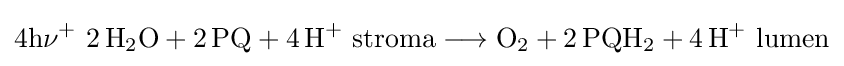
{4\mathrm {h\nu } {\vphantom {A}}^{+}~2\,\mathrm {H} {\vphantom {A}}_{\smash[{t}]{2}}\mathrm {O} {}+{}2\,\mathrm {PQ} {}+{}4\,\mathrm {H} {\vphantom {A}}^{+}~\mathrm {stroma} {}\mathrel {\longrightarrow } {}\mathrm {O} {\vphantom {A}}_{\smash[{t}]{2}}{}+{}2\,\mathrm {PQH} {\vphantom {A}}_{\smash[{t}]{2}}{}+{}4\,\mathrm {H} {\vphantom {A}}^{+}~\mathrm {lumen} }